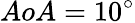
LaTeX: AoA=10^{\circ}